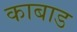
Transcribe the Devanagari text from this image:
काबाड